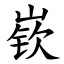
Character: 嵚